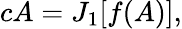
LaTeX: cA=J_{1}[f(A)],